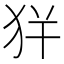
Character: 𤝪